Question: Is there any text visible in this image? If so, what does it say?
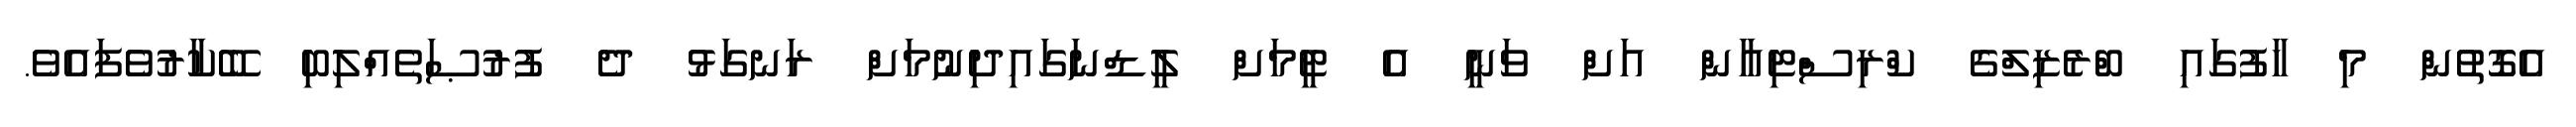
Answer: އެގޮތުން މި ހާފުގައި ބްރެޒިލްގެ ކްރިސްޓިއާން އަށް ވަނީ އެ ޓީމަށް ލީޑްނަގައިދިނުމަށް ރަނގަޅު ދެ ފުރުޞަތެއްލިބި ބޭކާރުވެފައެވެ.